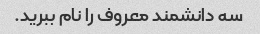
سه دانشمند معروف را نام ببرید.